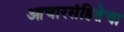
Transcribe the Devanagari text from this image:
आचारसंहितेचा